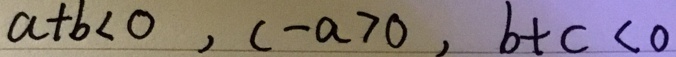
a + b < 0 , c - a > 0 , b + c < 0